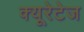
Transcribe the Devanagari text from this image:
क्यूरेटेज